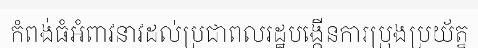
កំពង់ធំអំពាវនាវដល់ប្រជាពលរដ្ឋបង្កើនការប្រុងប្រយ័ត្ន